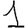
Digit: 1